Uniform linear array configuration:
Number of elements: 12
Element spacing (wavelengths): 0.75
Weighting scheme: hamming
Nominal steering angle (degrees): -60
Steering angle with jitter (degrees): -59.397
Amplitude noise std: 0.05
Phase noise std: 0.05

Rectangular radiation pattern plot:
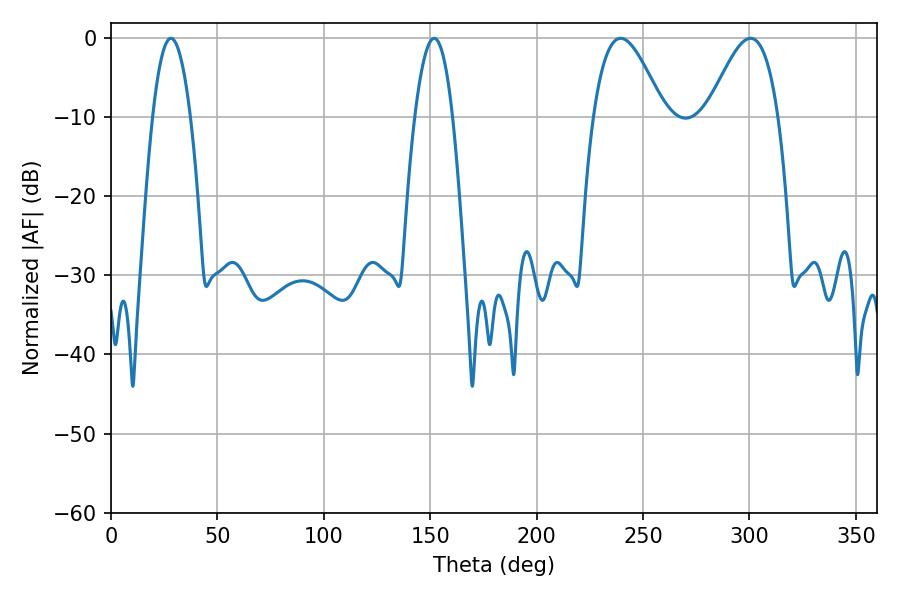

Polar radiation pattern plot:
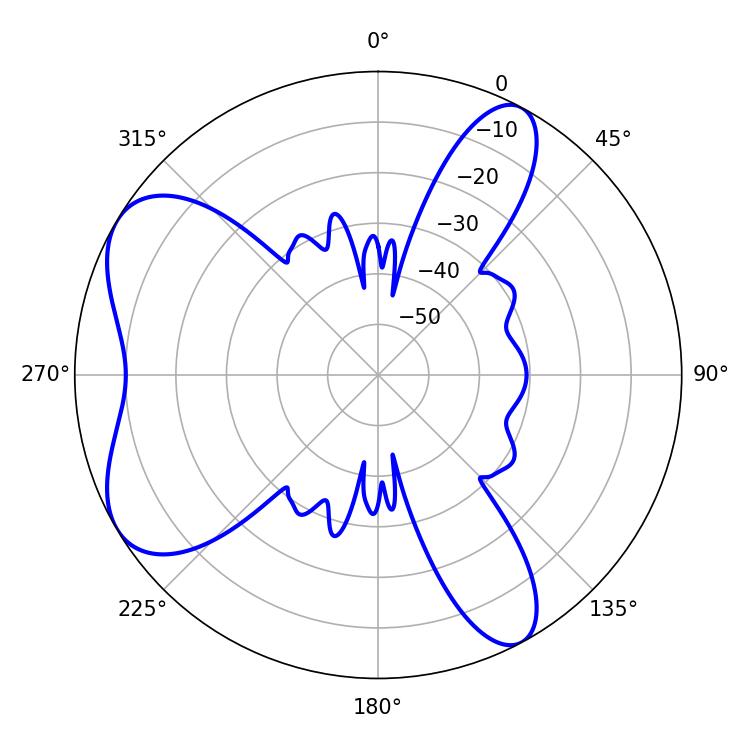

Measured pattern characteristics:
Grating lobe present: TRUE
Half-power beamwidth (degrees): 17.82
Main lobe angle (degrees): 239.4